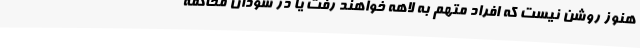
هنوز روشن نیست که افراد متهم به لاهه خواهند رفت یا در سودان محاکمه